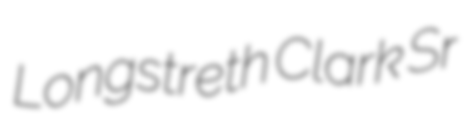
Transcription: Longstreth Clark Sr